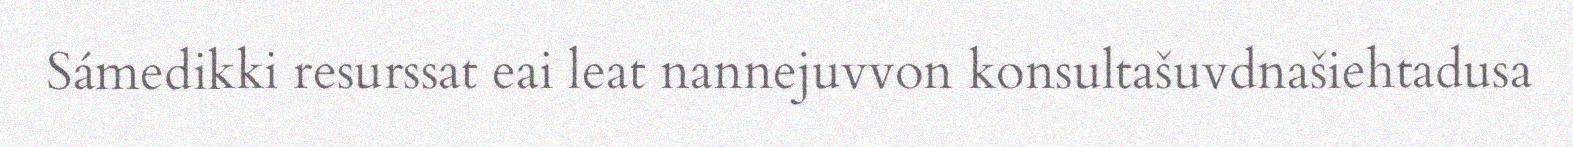
Sámedikki resurssat eai leat nannejuvvon konsultašuvdnašiehtadusa